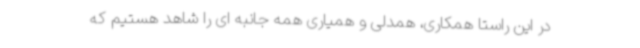
در این راستا همکاری، همدلی و همیاری همه جانبه ای را شاهد هستیم که